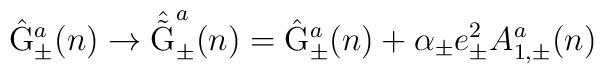
\hat{\rm G}_{\pm}^a(n) \rightarrow \hat{\tilde{\rm G}}_{\pm}^a(n)=\hat{\rm G}_{\pm}^a(n) + \alpha_{\pm} e_{\pm}^2 A_{1,\pm}^a(n)